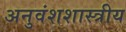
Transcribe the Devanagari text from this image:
अनुवंशशास्त्रीय